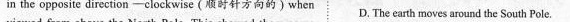
in the opposite direction-clockwise (顿时针方向的)when D. The earth moves around the South Pole.